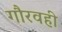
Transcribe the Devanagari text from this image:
गौरवही